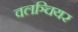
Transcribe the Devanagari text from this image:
वलञ्चियर